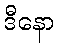
ဒီနော